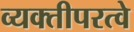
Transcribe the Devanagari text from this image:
व्यक्तीपरत्वे